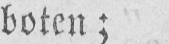
boten;